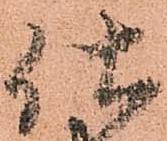
仕